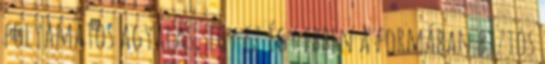
folyamatos agyalás, így ez így ebben a formában biztos